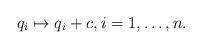
LaTeX: \begin{align*}q_i\mapsto q_i+c,i=1,\ldots,n.\end{align*}